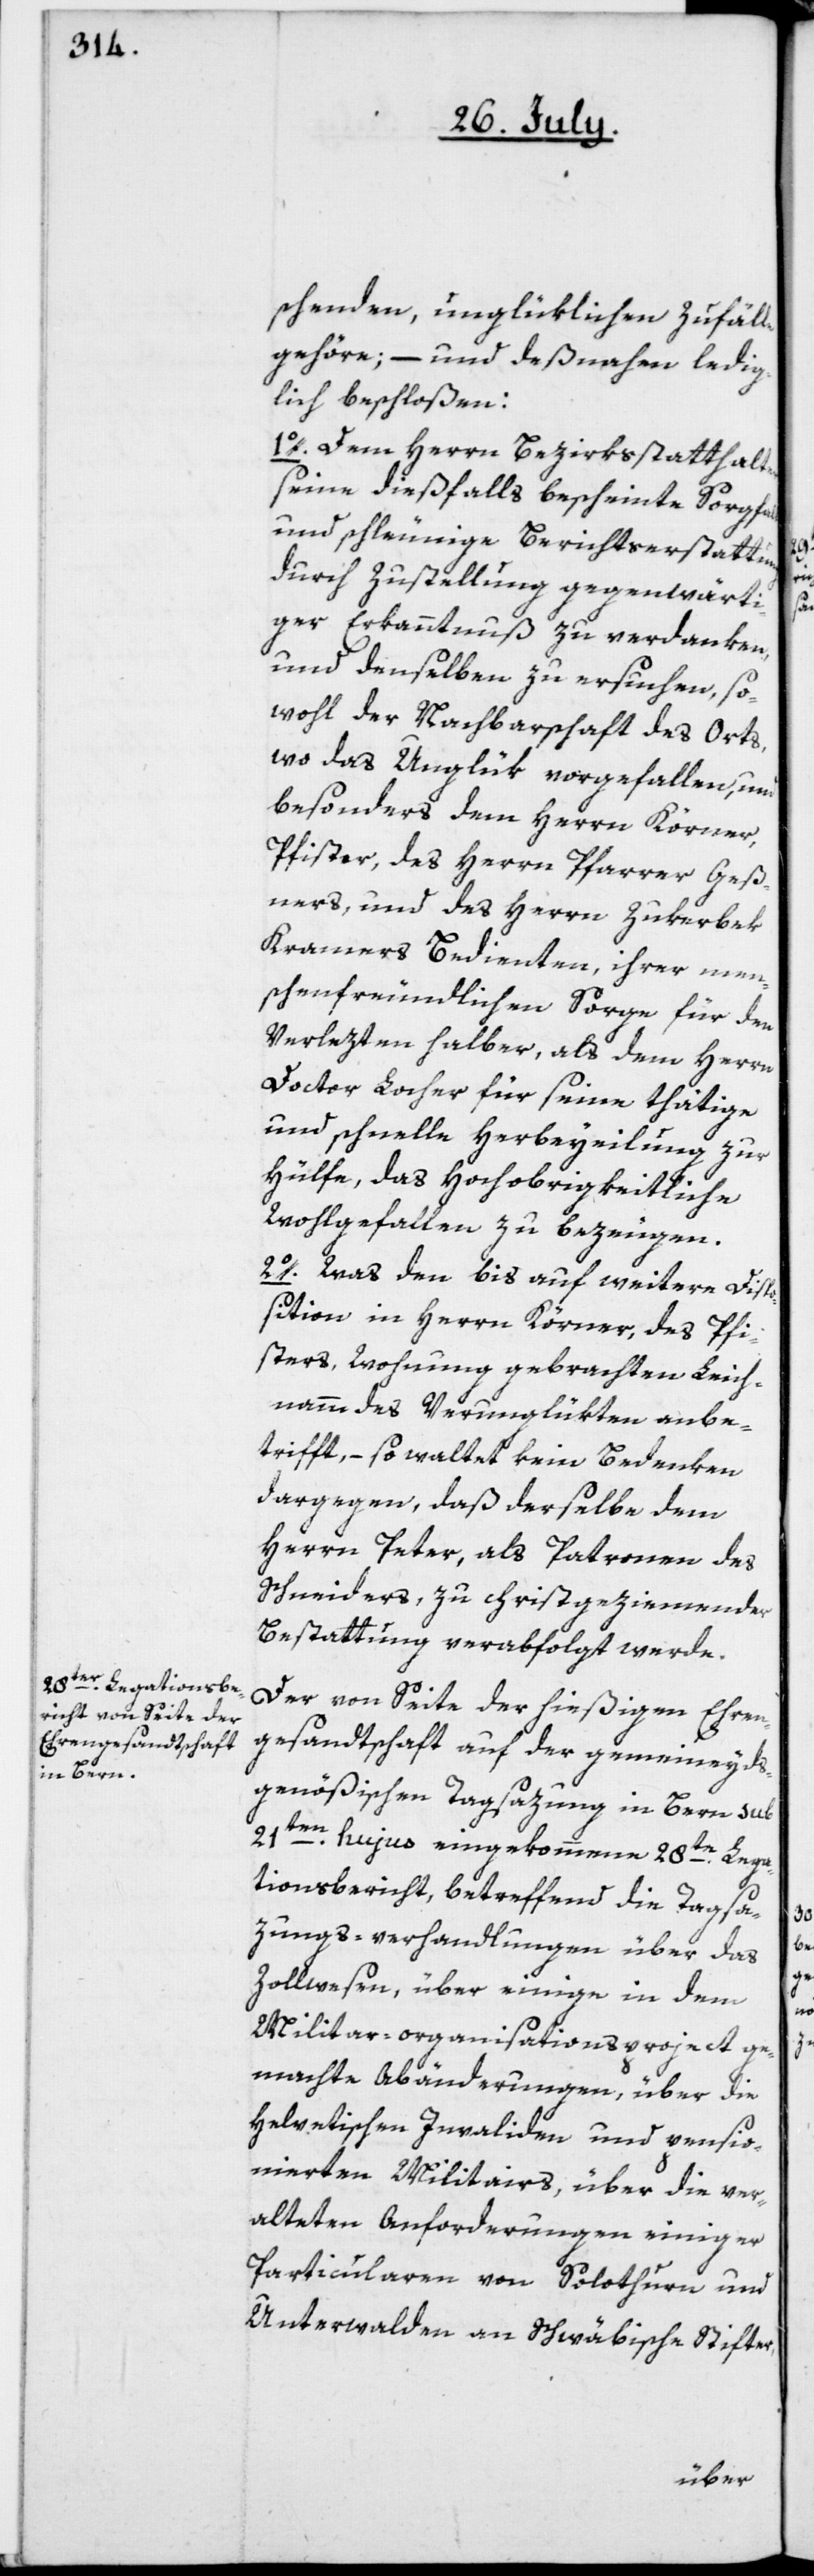
schenden, unglüklichen Zufälle
gehöre; – und desnahen ledig¬
lich beschloßen:
1o. Dem Herrn Bezirksstatthalter
seine dießfalls bescheinte Sorgfalt
und schleunige Berichtserstattung,
durch Zustellung gegenwärti¬
ger Erkanntnuß zu verdanken,
und denselben zu ersuchen, so¬
wohl der Nachbarschaft des Orts,
wo das Unglük vorgefallen, und
besonders dem Herrn Körner,
Pfister, des Herrn Pfarrer Geß¬
ners, und des Herrn Zukerbek
Kramers Bedienten, ihrer men¬
schenfreundlichen Sorge für den
Verlezten halber, als dem Herrn
Doctor Locher für seine thätige
und schnelle Herbeyeilung zur
Hülfe, das Hochobrigkeitliche
Wohlgefallen zu bezeugen.
2o. Was den bis auf weitere Dispo¬
sition in Herrn Körner, des Pfi¬
sters, Wohnung gebrachten Leich¬
namm des Verunglükten anbe¬
trifft, – so waltet kein Bedenken
dargegen, daß derselbe dem
Herrn Peter, als Patronen des
Schneiders, zu christgeziemender
Bestattung verabfolgt werde.
Der von Seite der hießigen Ehren¬
gesandtschaft auf der gemeineyds¬
genößischen Tagsazung in Bern sub
21ten hujus eingekommene 28te Lega¬
tionsbericht, betreffend die Tagsa¬
zungs-Verhandlungen über das
Zollwesen, über einige in dem
Militar-Organisationsproject ge¬
machte Abänderungen, über die
Helvetischen Invaliden und pensio¬
nierten Militairs, über die ver¬
alteten Anforderungen einiger
Particularen von Solothurn und
Unterwalden an Schwäbische Stifter,